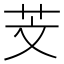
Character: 芠